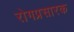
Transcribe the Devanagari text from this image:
रोगप्रसारक